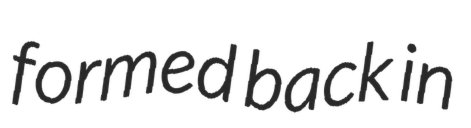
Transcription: formed back in